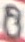
Text: 8